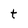
Character: t